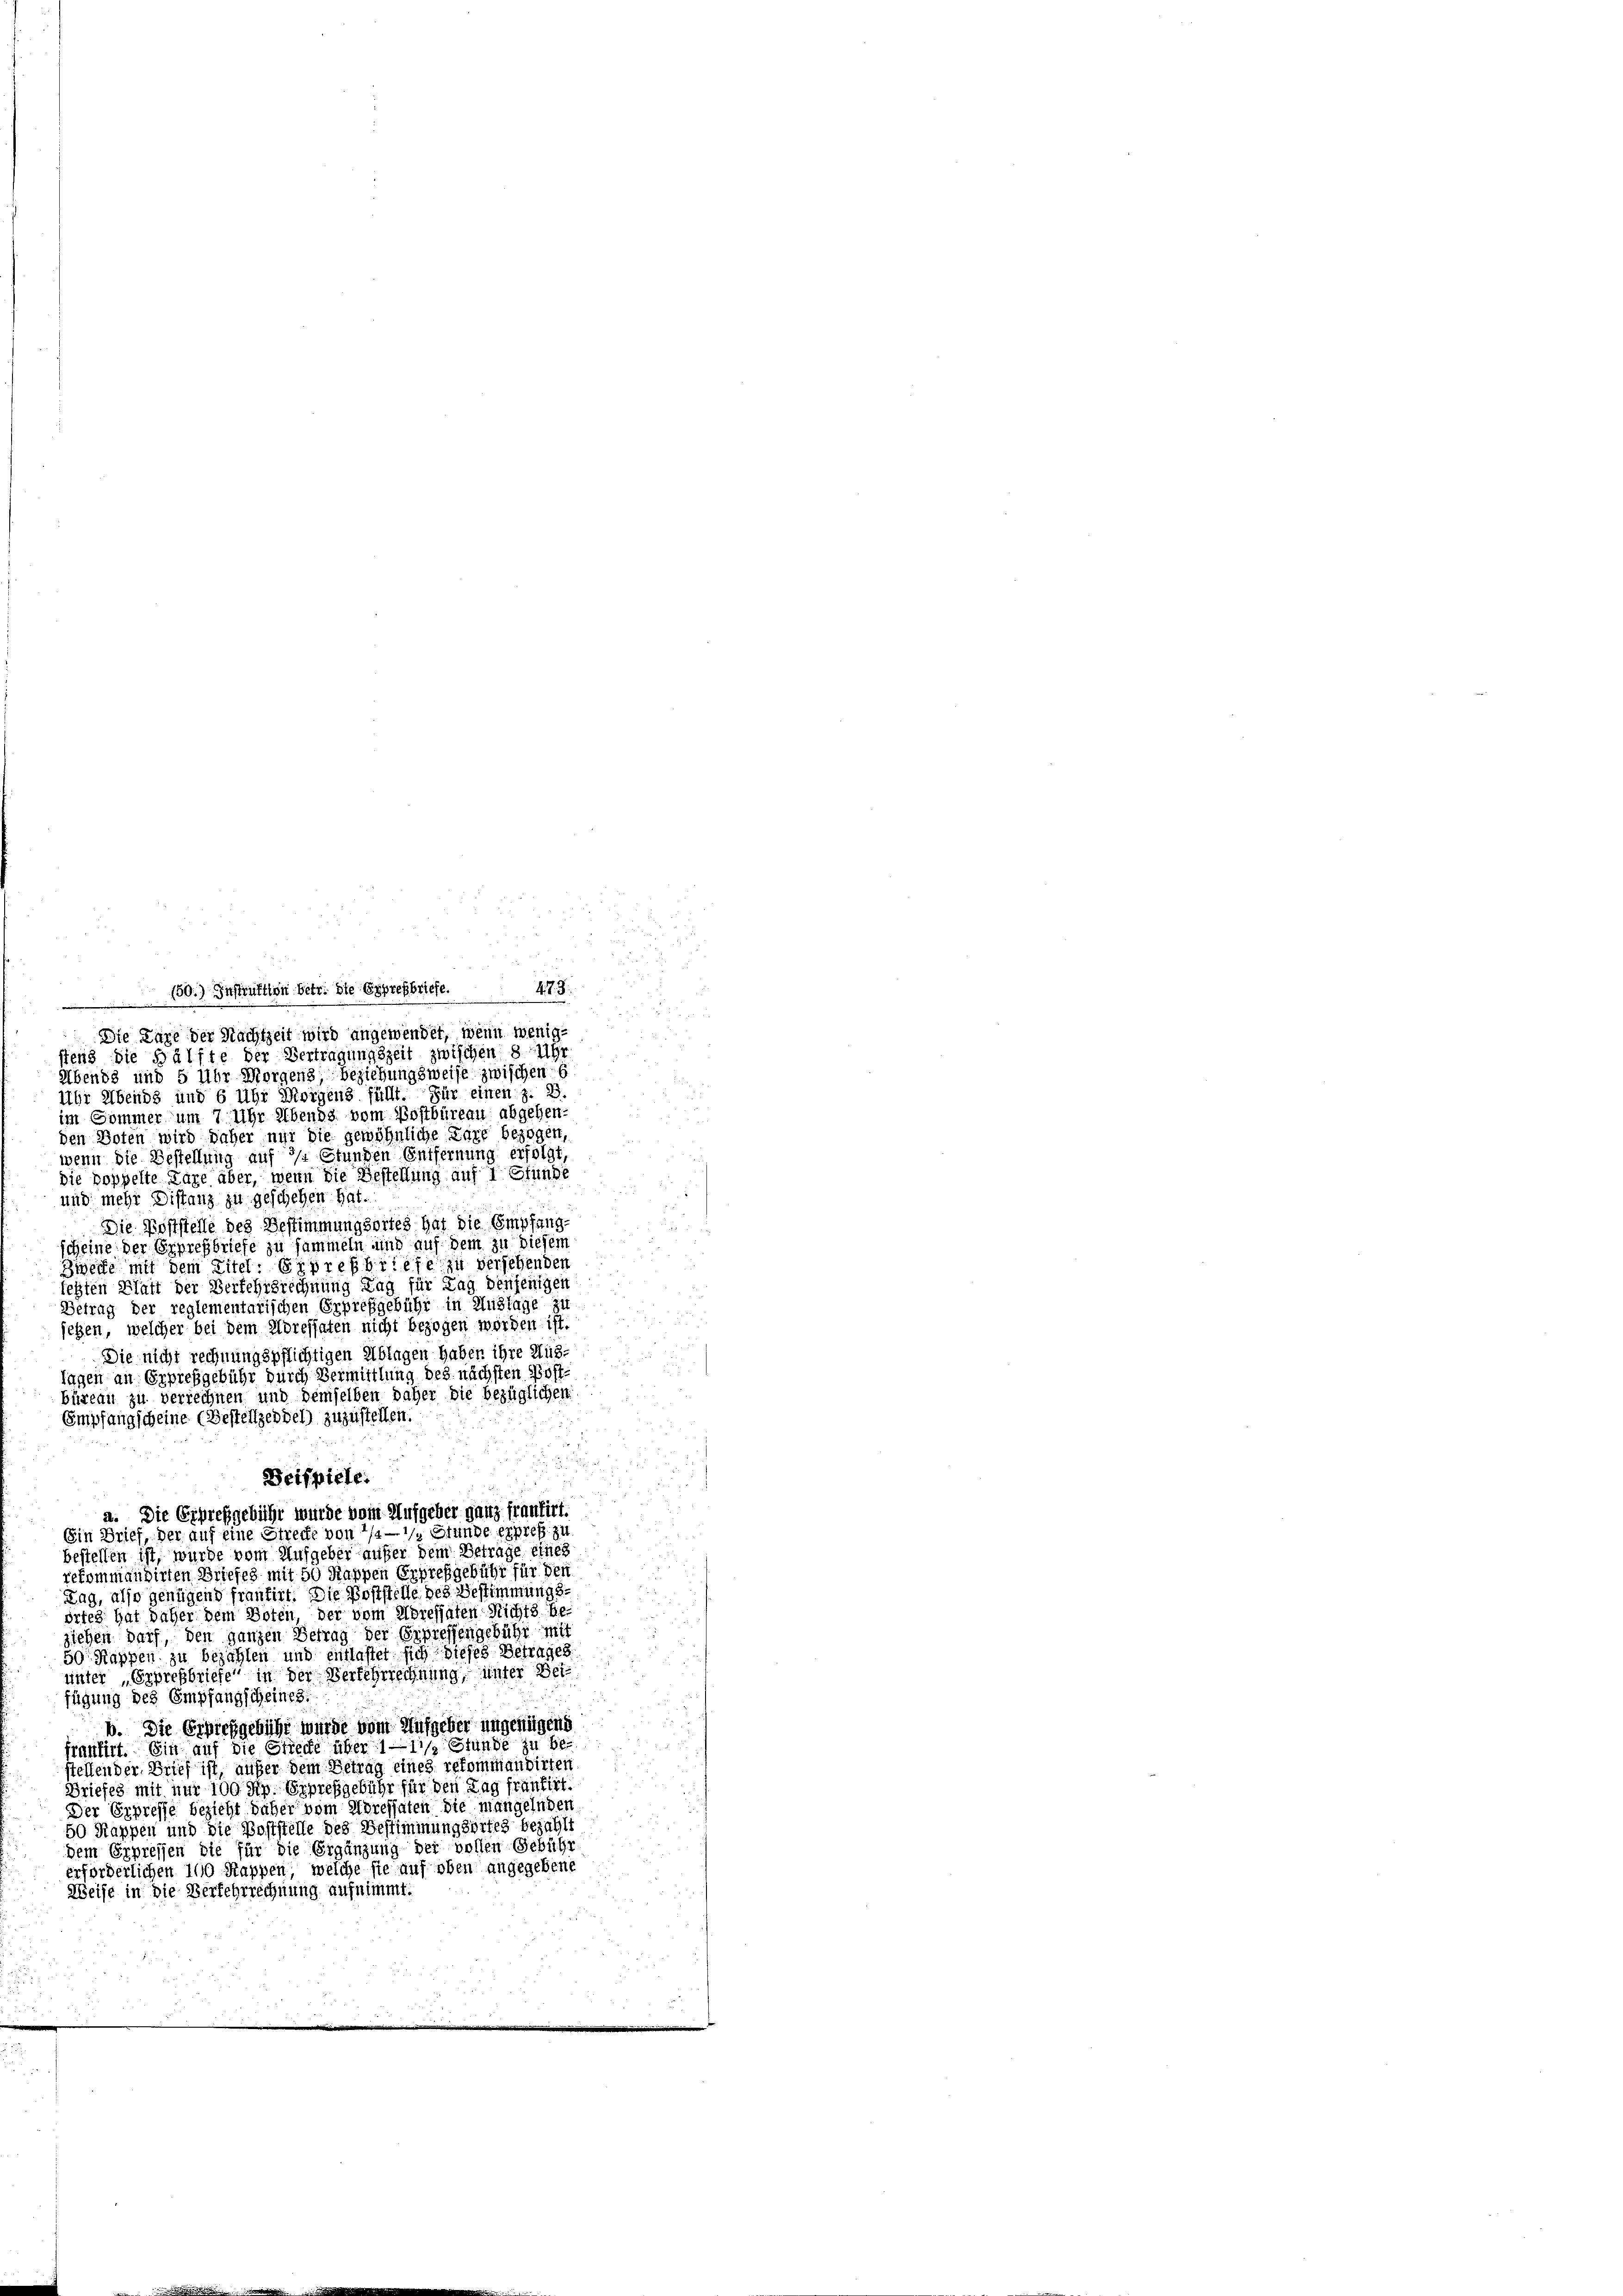
Die Koststelle des Bestimmungsortes hat die Empfang-
scheine der Erpressbriefe zu sammeln und auf dem zu diesem
Zweite mit dem Titel: Erprefbriefe zu versehenden
legten Platt der Verkehrsrechnung Tag für Tag denjenigen
Betrag der reglementarischen Erpreßgebühr in Auslage zu
jetzen, welcher bei dem Adressaten nicht bezogen worden ist.
Die nicht rechnungspflichtigen Ablagen haben ihre Muslagen an Erpresgebühr durch Vermittlung des nächsten Postbüreau zu verrechnen und demselben daher die bezüglichen
Empfangscheine (Bestelzeddel) zuzustellen.
a. Die Erpreßgebühr wurde vom Aufgeber ganz frantirt.
Ein Brief, der auf eine Strecke von 1/4 1/2 Stunde expres zu
bestellen ist, wurde vom Aufgeber außer dem Betrage eines
rekommandirten Briefes mit 50 Rappen Erpreßgebühr für den
Tag, also genügend frantirt. Die Poststelle des Bestimmungsörteg hat daher dem Boten, der vom Adressaten Nichts be-
siehen darf, den ganzen Betrag der Erpressengebühr mit
50 Rappen zu bezahlen und entlastet sich dieses Betrages.
unter „Erpressbriefe in der Verfehrrechnung, unter Beifügung des Empfangscheines:
b. Die Erpreßgebühr wurde vom Aufgeber ungenügend
frantirt. Ein auf die Strecke über 1—11/2 Stunde zu be-
stellender Brief ist, aufer dem Betrag eines rekommandirten
Briefes mit nur 100 Rp. Erpreßgebühr für den Tag frantirt.
Der Erpresse bezieht daher vom Adressaten die mangelnden
50 Kappen und die Poststelle des Bestimmungsortes bezahlt
dem Erpreisen die für die Ergänzung der vollen Gebühr
erforderlichen 100 Rappen, welche sie auf oben angegebene
Weise in die Verfehrrechnung aufnimmt.

150.) Instruktion betr. die Epprehbriefe. 473.
Die Lage der Nachtzeit wird angewendet, wenn wenigstend die Hälfte der Vertragungszeit zwischen 8 Uhr
Abends und 5 Uhr Morgens, beziehungsweise zwischen 6
Uhr Abends und 6 Uhr Morgens füllt. Für einen z. B.
im Sommer um 7 Uhr Abends vom Postbüreau abgehen-
den Boten wird daher nur die gewöhnliche Pare bezogen,
wenn die Bestellung auf 3/4 Stunden Entfernung erfolgt
die poppelte Lage aber, wenn die Bestellung auf 1 Gfunde
und mehr Distanz zu geschehen hat.

Beispiele.